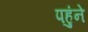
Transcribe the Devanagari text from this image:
पहुंने